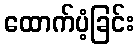
ထောက်ပံ့ခြင်း